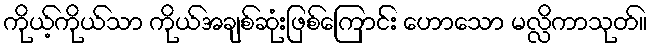
ကိုယ့်ကိုယ်သာ ကိုယ်အချစ်ဆုံးဖြစ်ကြောင်း ဟောသော မလ္လိကာသုတ်။